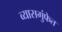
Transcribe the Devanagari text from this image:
व्यासगुंफेत